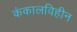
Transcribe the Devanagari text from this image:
कंकालविहीन